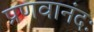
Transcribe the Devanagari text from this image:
प्रणवानंदः